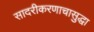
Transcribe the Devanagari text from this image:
सादरीकरणाचासुद्धा